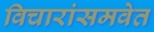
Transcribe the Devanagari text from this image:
विचारांसमवेत